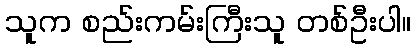
သူက စည်းကမ်းကြီးသူ တစ်ဦးပါ။